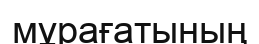
мұрағатының